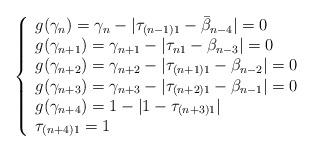
LaTeX: \begin{align*}\left\{\begin{array}{lr}g(\gamma_{n})=\gamma_{n}-|\tau_{(n-1)1}-\bar{\beta}_{n-4}|=0\\g(\gamma_{n+1})=\gamma_{n+1}-|\tau_{n1}-\beta_{n-3}|=0\\g(\gamma_{n+2})=\gamma_{n+2}-|\tau_{(n+1)1}-\beta_{n-2}|=0\\g(\gamma_{n+3})=\gamma_{n+3}-|\tau_{(n+2)1}-\beta_{n-1}|=0\\g(\gamma_{n+4})=1-|1-\tau_{(n+3)1}|\\\tau_{(n+4)1}=1\\\end{array}\right.\end{align*}